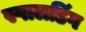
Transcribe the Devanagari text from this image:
स्पालडिंग